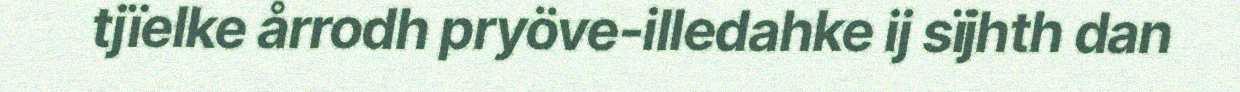
tjïelke årrodh pryöve-illedahke ij sïjhth dan